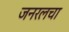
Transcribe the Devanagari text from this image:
जनरलचा